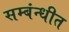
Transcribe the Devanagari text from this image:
सम्बंन्धीत